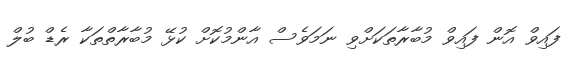
ފައިވް އޮން ފައިވް މުބާރާތަކަށްވި ނަމަވެސް އާންމުކޮށް ކުޅޭ މުބާރާތްތަކާ ރެޑް ބުލް